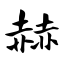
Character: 赫